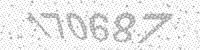
Solution: 170687